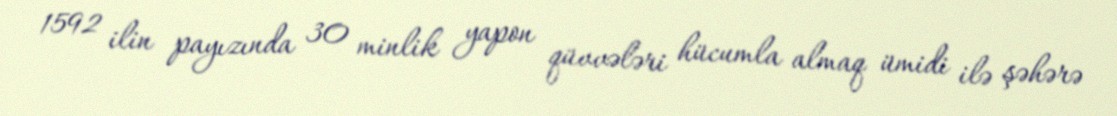
1592 ilin payızında 30 minlik yapon qüvvələri hücumla almaq ümidi ilə şəhərə